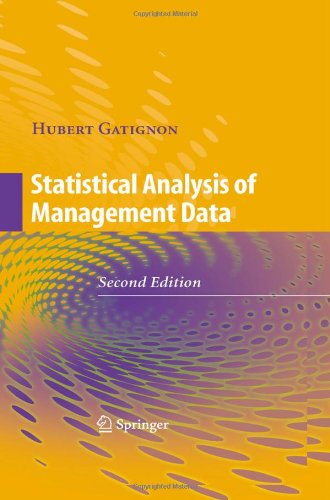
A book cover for Statistical Analysis of Management Data; Hubert GATIGNON; Business & Money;